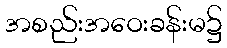
အစည်းအဝေးခန်းမ၌